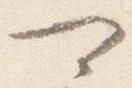
可